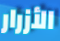
الأزرار